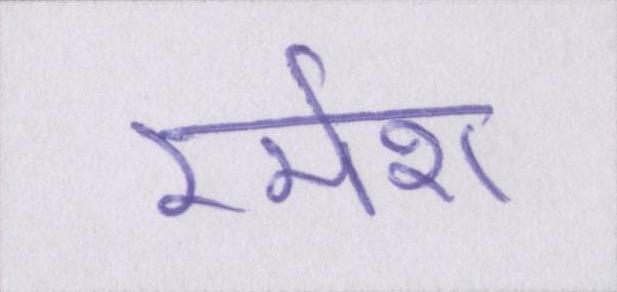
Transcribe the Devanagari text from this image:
रमेश